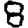
Digit: 8